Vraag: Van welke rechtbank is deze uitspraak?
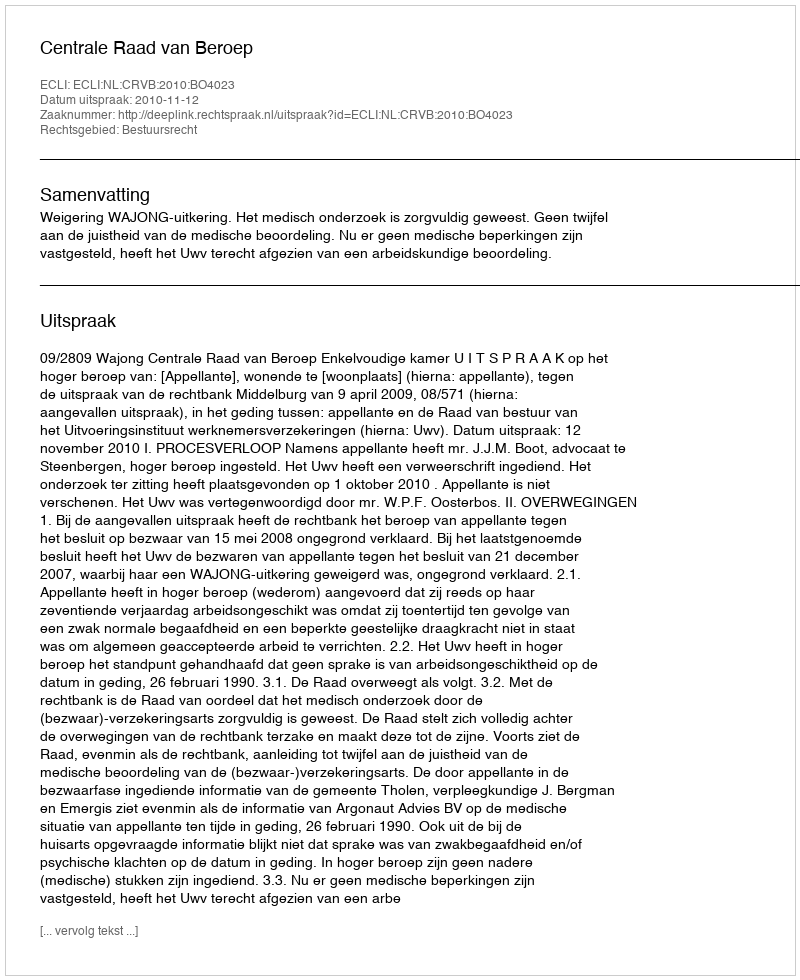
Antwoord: Centrale Raad van Beroep